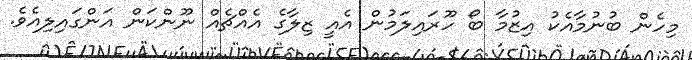
މިހެން ބުނުމާއެކު އިޒުމާ ބޯ ހޫރައިލަމުން އެއީ ޒިލާގެ އެއްޗެއް ނޫންކަން އަންގައިލިއެވެ.